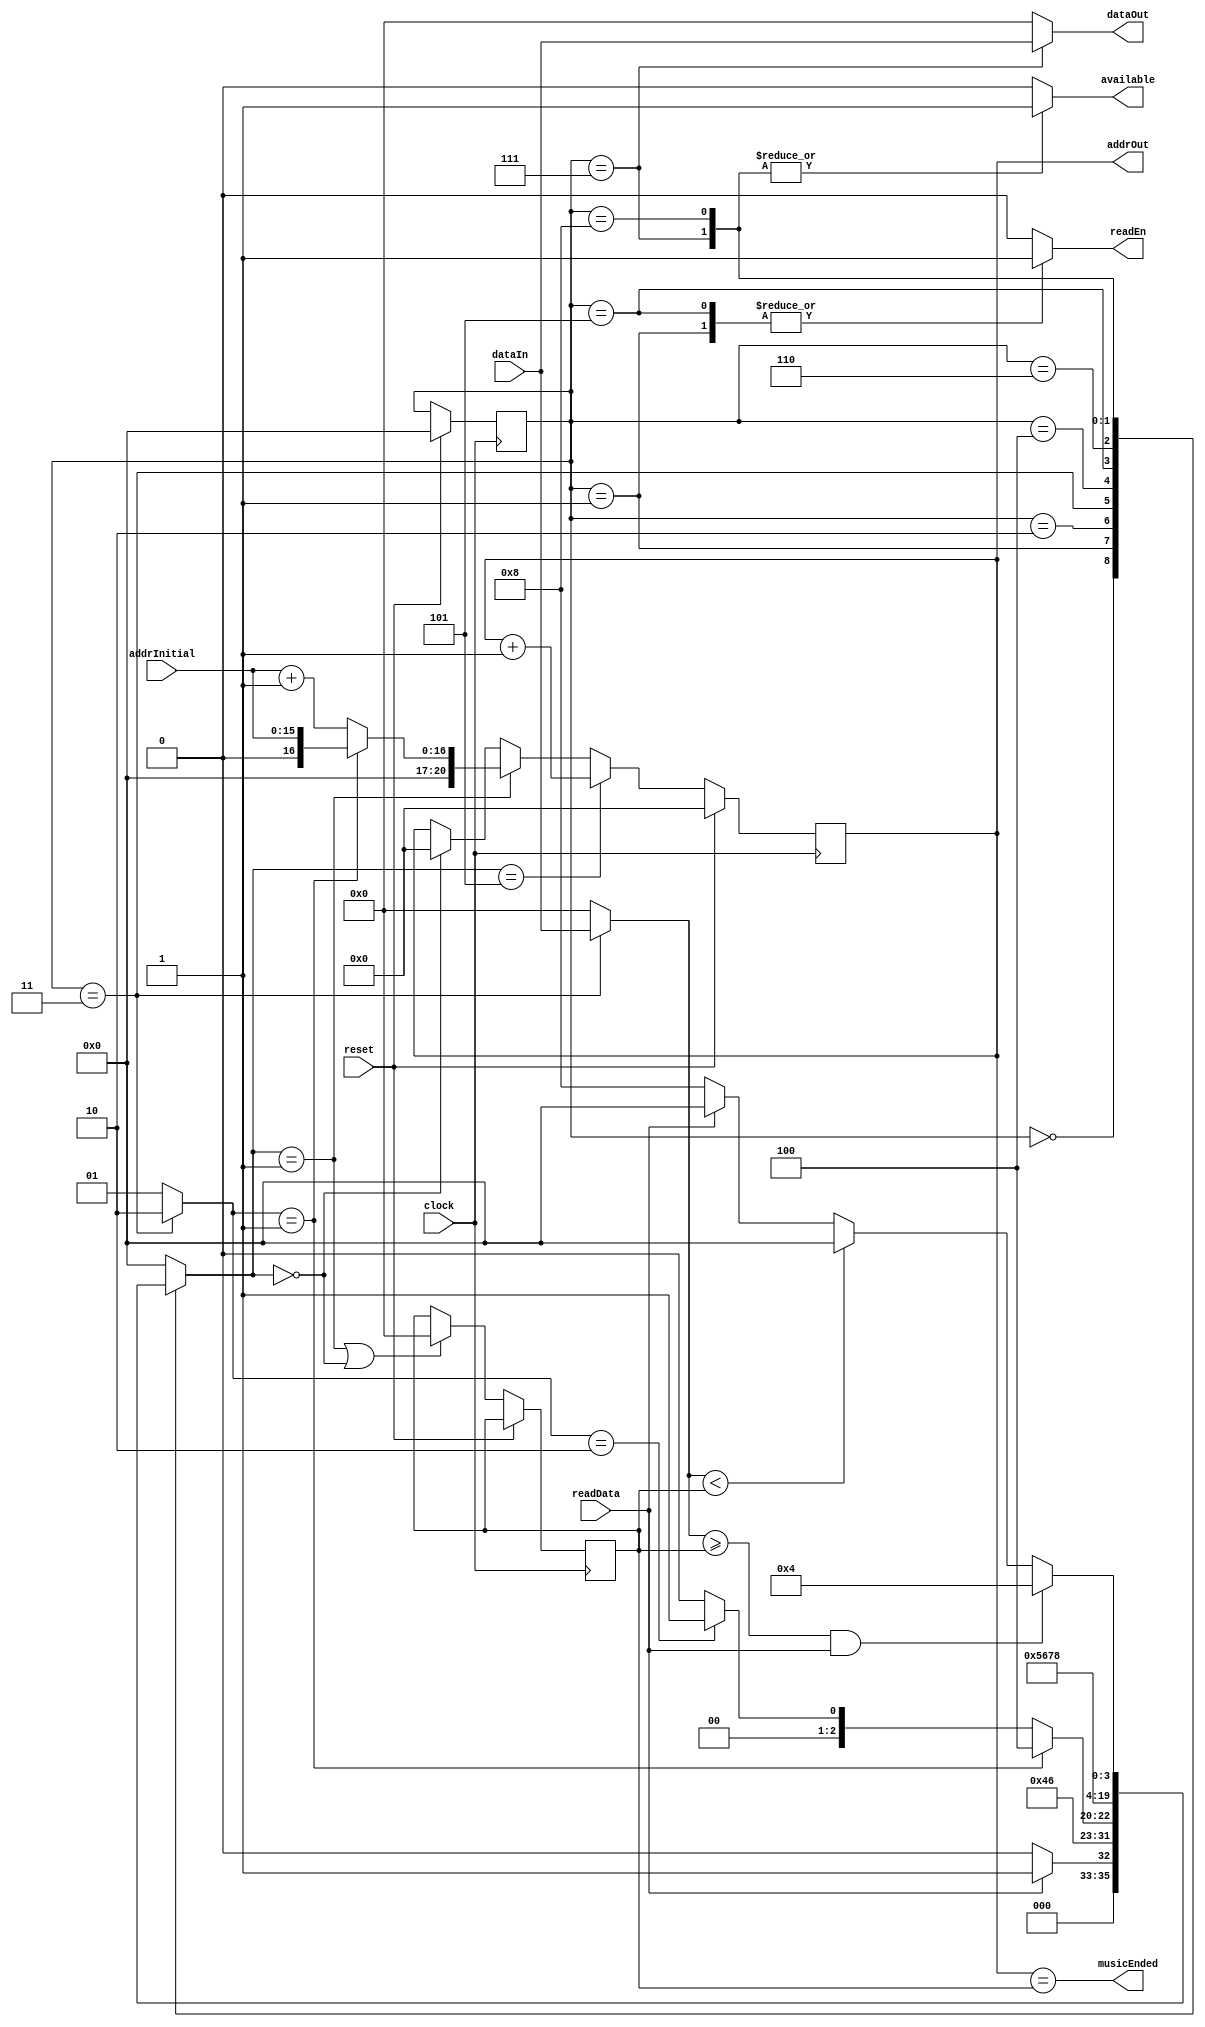
module memoController(	input clock,
						input reset,
						input [15:0] dataIn,
						input [15:0] addrInitial,
						input readData,
						output reg readEn,
						output reg [15:0] dataOut,
						output reg [20:0] addrOut,
						output reg available,
						output musicEnded
						);

	reg [15:0] addrFinal, addrFinal_next;
	//de 0 at 15 guarda o endereo inicial, e de 16 at 31 guarda o endereo final
	reg [31:0] addr;
	reg [3:0] state, next_state;
	reg [1:0] first;
	
	assign musicEnded = addrOut == addrFinal;
	
	parameter INPUTSTATE = 4'b0000,
				READADDR = 4'b0001,
				WAIT1 = 4'b0010,
				STOREADDR = 4'b0011,
				WAIT2 = 4'b0100,
				ITADDR = 4'b0101,
				WAIT3 = 4'b0110,
				OUTDATA = 4'b0111,
				WAIT4 = 4'b1000;


	always@(posedge clock) begin
		if(reset) begin
			state <= INPUTSTATE;
			addrOut <= 0;
		end
		else begin
			if(next_state==INPUTSTATE) begin
				addrOut <= 0;
			end
			if(next_state==READADDR) begin
				if(first==1) begin
					addrOut <= addrInitial;
				end
				else begin
					addrOut <= addrInitial+1;
				end
			end
			if(next_state==ITADDR) begin
				addrOut <= addrOut + 1;
			end
			if (next_state==READADDR || next_state == INPUTSTATE) begin
				addrFinal <= addrFinal_next;
			end
		end
	end
	
	//Decodificador de entrada
	always @ (*) begin
		next_state = INPUTSTATE;
		case (state)
			INPUTSTATE: begin
				if(readData) begin
					next_state = READADDR;
				end
				else begin
					next_state = INPUTSTATE;
				end
			end
			READADDR: begin
				next_state = WAIT1;
			end
			WAIT1: begin
				next_state = STOREADDR;
			end
			STOREADDR: begin
				if(first==1) begin
					next_state = WAIT2;
				end
				else begin
					if(first==2) begin
						next_state = READADDR;
					end
				end
			end
			WAIT2: begin
				next_state = ITADDR;
			end
			ITADDR: begin
				next_state = WAIT3;
			end
			WAIT3: begin
				next_state = OUTDATA;
			end
			OUTDATA: begin
				next_state = WAIT4;
			end
			WAIT4: begin
				if(addr[15:0]>=addrFinal && readData==1) begin
					next_state = WAIT2;
				end
				else begin
					if(addr[15:0]<addrFinal) begin
						next_state = INPUTSTATE;
					end
					else begin 
						if(readData==0) begin 
							next_state = WAIT4;
						end
					end
				end
			end
		endcase
	end
	
	//Decodificador de saida
   always @ (*) begin
		readEn = 0;
		available = 0;
		first = 1;
		addr = 0;
		dataOut = 0;
		addrFinal_next = 0;
		case (state)
			INPUTSTATE: begin
				first = 1;
			end
			READADDR: begin
				readEn = 1;
			end
			WAIT1: begin
			end
			STOREADDR: begin
				if(first==1) begin
					addr[15:0] = dataIn;
					first = 2;
				end
				else begin
					addr[31:16] = dataIn;
					first = 1;
					addrFinal_next = addr[31:16];
//					dataOut = addr[15:0];
				end
			end
			WAIT2: begin
			end
			ITADDR: begin
				readEn = 1;
			end
			WAIT3: begin
			end
			OUTDATA: begin
				dataOut = dataIn;
				available = 1;
			end
			WAIT4: begin
				available = 1;
			end
		endcase
	end
	
endmodule